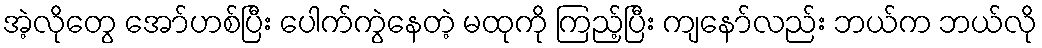
အဲ့လိုတွေ အော်ဟစ်ပြီး ပေါက်ကွဲနေတဲ့ မထုကို ကြည့်ပြီး ကျနော်လည်း ဘယ်က ဘယ်လို